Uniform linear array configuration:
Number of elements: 4
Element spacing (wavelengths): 0.5
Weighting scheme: cosine
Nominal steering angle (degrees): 0
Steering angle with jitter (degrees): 0.1054
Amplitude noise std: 0.05
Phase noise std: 0.05

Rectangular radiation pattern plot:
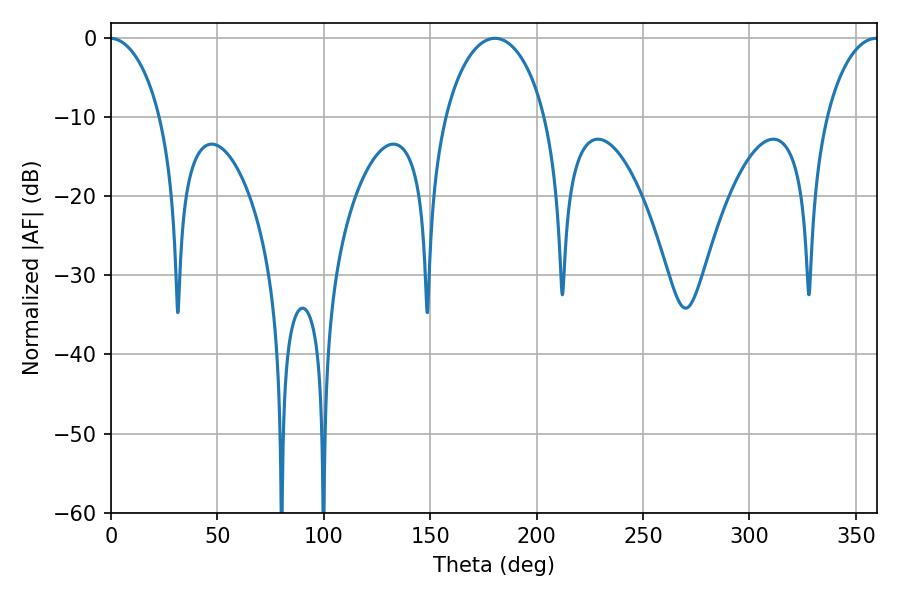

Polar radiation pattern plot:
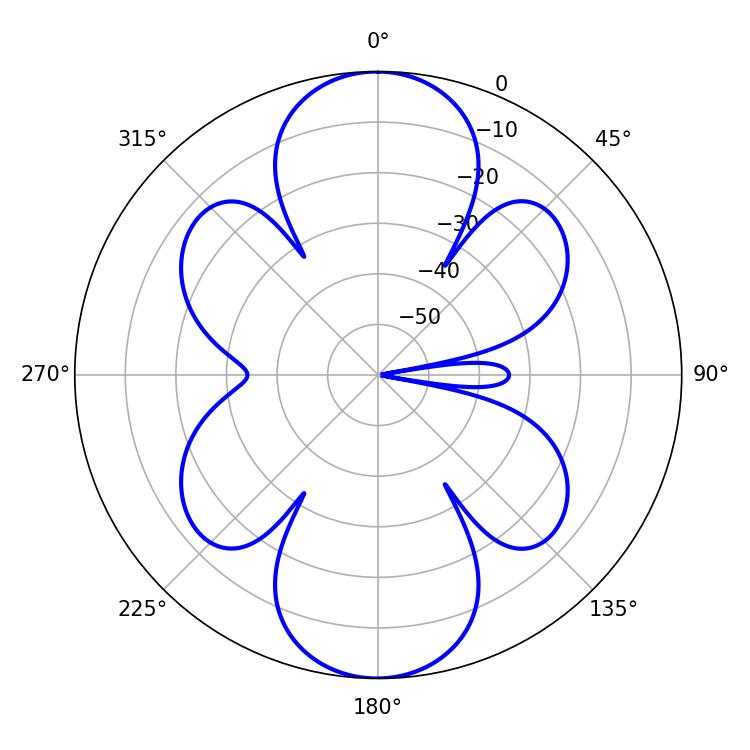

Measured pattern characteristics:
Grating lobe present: FALSE
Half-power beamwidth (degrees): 27
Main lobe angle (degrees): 180.36